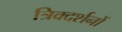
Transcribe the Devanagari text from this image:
त्रिक्दर्शनों